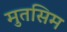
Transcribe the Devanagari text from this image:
मुतसिम